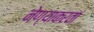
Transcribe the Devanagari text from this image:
नेण्याकरतां